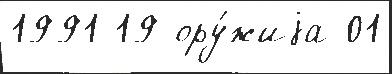
1991 19 ору́жиjа 01